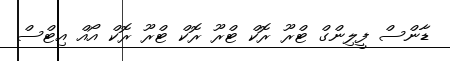
ޑާންސް ފީލިންގް ޓްރޫ ރޮކް ޓްރޫ ރޮކް ޓްރޫ ރޮކް އޯއް އިޓްސް